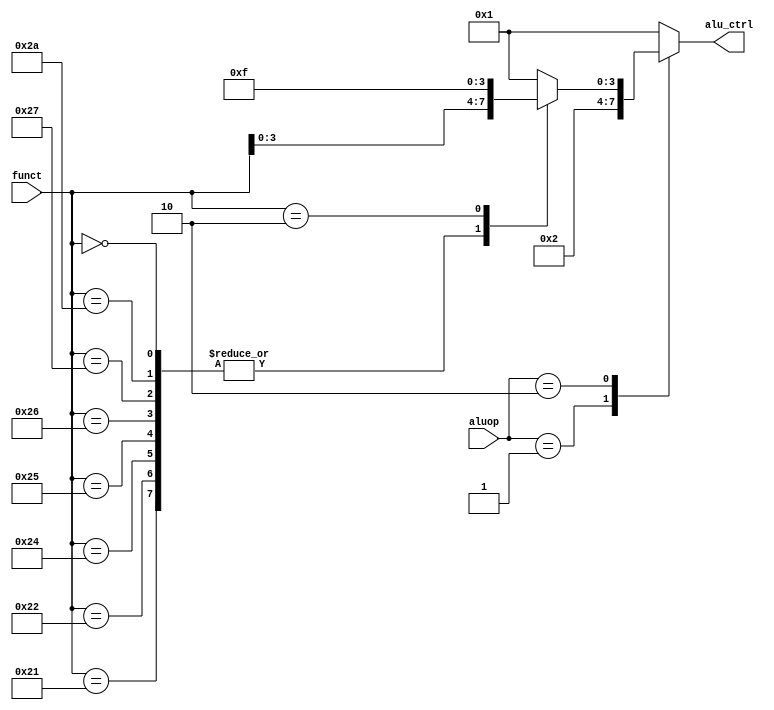
module ALUCTRL (
    output  reg     [3:0]   alu_ctrl,

    input   wire    [1:0]   aluop   ,
    input   wire    [5:0]   funct   
);

always @(*) begin
    alu_ctrl    =   4'b0001; //
    case (aluop)
        2'b00:  alu_ctrl    =   4'b0001;
        2'b01:  alu_ctrl    =   4'b0010;
        2'b10:  //R(I)
        begin
            case (funct)
                6'b100000:  alu_ctrl    =   4'b0001;
                6'b100001:  alu_ctrl    =   funct[3:0];
                6'b100010:  alu_ctrl    =   funct[3:0];
                6'b100100:  alu_ctrl    =   funct[3:0];
                6'b100101:  alu_ctrl    =   funct[3:0];
                6'b100110:  alu_ctrl    =   funct[3:0];
                6'b100111:  alu_ctrl    =   funct[3:0];
                6'b101010:  alu_ctrl    =   funct[3:0];
                6'b000000:  alu_ctrl    =   funct[3:0];
                6'b000010:  alu_ctrl    =   4'b1111;
                default:    alu_ctrl    =   4'b0001;
            endcase    
        end
        default: alu_ctrl   =   4'b0001;
    endcase
end

endmodule